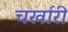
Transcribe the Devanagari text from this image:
चर्खारी